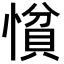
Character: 𢠈